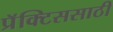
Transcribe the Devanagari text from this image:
प्रॅक्टिससाठी